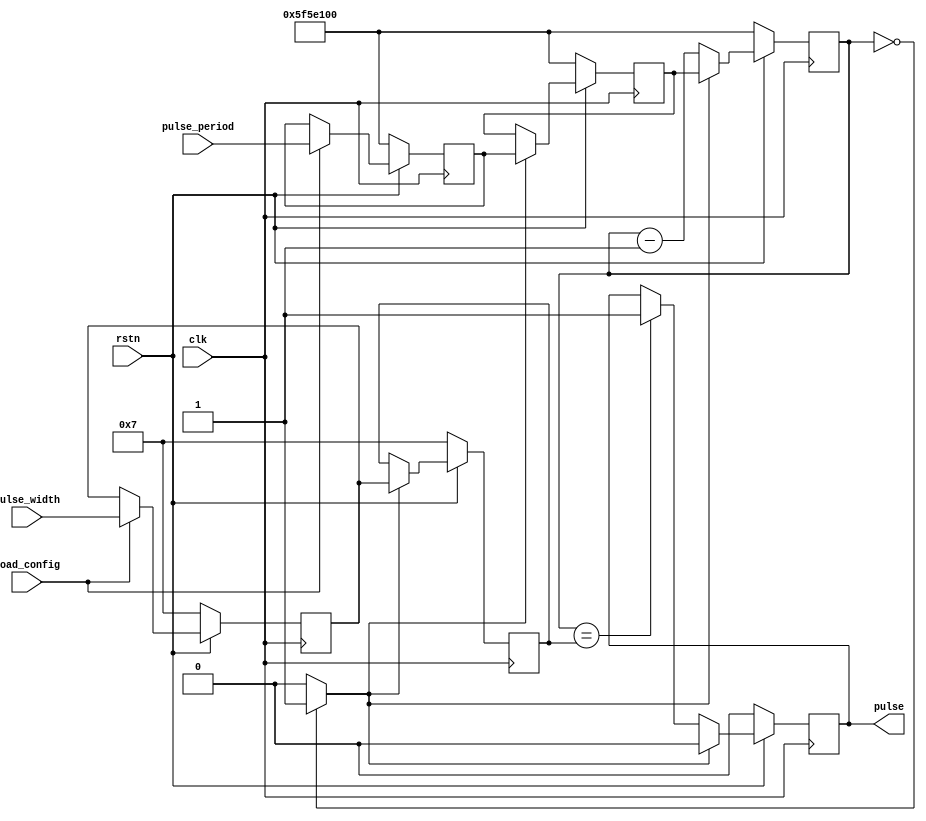
// ***************************************************************************
// ***************************************************************************
// Copyright 2014 - 2017 (c) Analog Devices, Inc. All rights reserved.
//
// In this HDL repository, there are many different and unique modules, consisting
// of various HDL (Verilog or VHDL) components. The individual modules are
// developed independently, and may be accompanied by separate and unique license
// terms.
//
// The user should read each of these license terms, and understand the
// freedoms and responsibilities that he or she has by using this source/core.
//
// This core is distributed in the hope that it will be useful, but WITHOUT ANY
// WARRANTY; without even the implied warranty of MERCHANTABILITY or FITNESS FOR
// A PARTICULAR PURPOSE.
//
// Redistribution and use of source or resulting binaries, with or without modification
// of this file, are permitted under one of the following two license terms:
//
//   1. The GNU General Public License version 2 as published by the
//      Free Software Foundation, which can be found in the top level directory
//      of this repository (LICENSE_GPL2), and also online at:
//      <https://www.gnu.org/licenses/old-licenses/gpl-2.0.html>
//
// OR
//
//   2. An ADI specific BSD license, which can be found in the top level directory
//      of this repository (LICENSE_ADIBSD), and also on-line at:
//      https://github.com/analogdevicesinc/hdl/blob/master/LICENSE_ADIBSD
//      This will allow to generate bit files and not release the source code,
//      as long as it attaches to an ADI device.
//
// ***************************************************************************
// ***************************************************************************
`timescale 1ns/1ps

module util_pulse_gen #(

  parameter   PULSE_WIDTH = 7,
  parameter   PULSE_PERIOD = 100000000)(         // t_period * clk_freq

  input               clk,
  input               rstn,

  input       [31:0]  pulse_width,
  input       [31:0]  pulse_period,
  input               load_config,

  output  reg         pulse
);

  // internal registers

  reg     [(PULSE_WIDTH-1):0]  pulse_width_cnt = {PULSE_WIDTH{1'b1}};
  reg     [31:0]               pulse_period_cnt = 32'h0;
  reg     [31:0]               pulse_period_read = 32'b0;
  reg     [31:0]               pulse_width_read = 32'b0;
  reg     [31:0]               pulse_period_d = 32'b0;
  reg     [31:0]               pulse_width_d = 32'b0;

  wire                         end_of_period_s;

  // flop the desired period

  always @(posedge clk) begin
    if (rstn == 1'b0) begin
      pulse_period_d <= PULSE_PERIOD;
      pulse_width_d <= PULSE_WIDTH;
      pulse_period_read <= PULSE_PERIOD;
      pulse_width_read <= PULSE_WIDTH;
    end else begin
      // latch the input period/width values
      if (load_config) begin
        pulse_period_read <= pulse_period;
        pulse_width_read <= pulse_width;
      end
      // update the current period/width at the end of the period
      if (end_of_period_s) begin
        pulse_period_d <= pulse_period_read;
        pulse_width_d <= pulse_width_read;
      end
    end
  end

  // a free running pulse generator

  always @(posedge clk) begin
    if (rstn == 1'b0) begin
      pulse_period_cnt <= PULSE_PERIOD;
    end else begin
      pulse_period_cnt <= (end_of_period_s) ? pulse_period_d : (pulse_period_cnt - 1'b1);
    end
  end
  assign end_of_period_s = (pulse_period_cnt == 32'b0) ? 1'b1 : 1'b0;


  // generate pulse with a specified width

  always @ (posedge clk) begin
    if (rstn == 1'b0) begin
      pulse <= 1'b0;
    end else if (end_of_period_s) begin
      pulse <= 1'b0;
    end else if (pulse_period_cnt == pulse_width_d) begin
      pulse <= 1'b1;
    end else begin
      pulse <= pulse;
    end
  end

endmodule